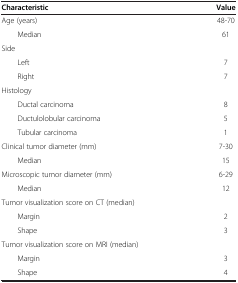
<table><thead><tr><td><b>Characteristic</b></td><td><b>Value</b></td></tr></thead><tbody><tr><td>Age (years)</td><td>48-70</td></tr><tr><td>Median</td><td>61</td></tr><tr><td>Side</td><td> </td></tr><tr><td>Left</td><td>7</td></tr><tr><td>Right</td><td>7</td></tr><tr><td>Histology</td><td> </td></tr><tr><td>Ductal carcinoma</td><td>8</td></tr><tr><td>Ductulolobular carcinoma</td><td>5</td></tr><tr><td>Tubular carcinoma</td><td>1</td></tr><tr><td>Clinical tumor diameter (mm)</td><td>7-30</td></tr><tr><td>Median</td><td>15</td></tr><tr><td>Microscopic tumor diameter (mm)</td><td>6-29</td></tr><tr><td>Median</td><td>12</td></tr><tr><td>Tumor visualization score on CT (median)</td><td> </td></tr><tr><td>Margin</td><td>2</td></tr><tr><td>Shape</td><td>3</td></tr><tr><td>Tumor visualization score on MRI (median)</td><td> </td></tr><tr><td>Margin</td><td>3</td></tr><tr><td>Shape</td><td>4</td></tr></tbody></table>